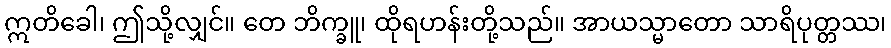
ဣတိခေါ၊ ဤသို့လျှင်။ တေ ဘိက္ခူ၊ ထိုရဟန်းတို့သည်။ အာယသ္မာတော သာရိပုတ္တဿ၊